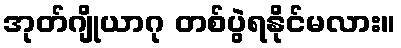
အုတ်ဂျိုယာဂု တစ်ပွဲရနိုင်မလား။